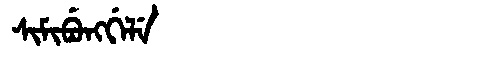
Manchu: ᠰᡳᠮᡳᠪᡠᠩᡤᡝᠯᡝ
Romanization: SIMIBUNGGELE